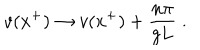
v ( x ^ { + } ) \rightarrow v ( x ^ { + } ) + { \frac { n \pi } { g L } } \; .